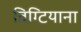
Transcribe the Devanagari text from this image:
विग्टियाना